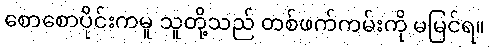
စောစောပိုင်းကမူ သူတို့သည် တစ်ဖက်ကမ်းကို မမြင်ရ။